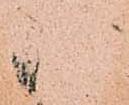
御